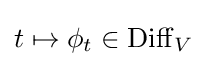
t\mapsto \phi _{t}\in \operatorname {Diff} _{V}